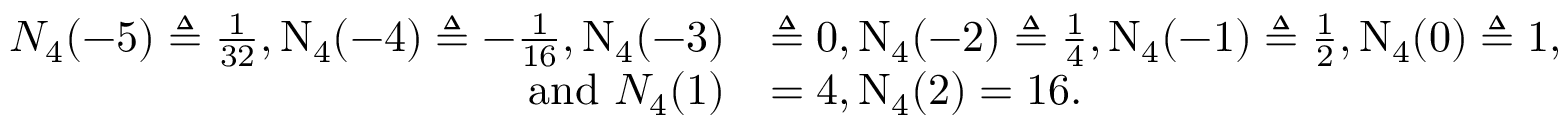
\begin{array} { r l } { N _ { 4 } ( - 5 ) \triangleq \frac { 1 } { 3 2 } , \textup N _ { 4 } ( - 4 ) \triangleq - \frac { 1 } { 1 6 } , \textup N _ { 4 } ( - 3 ) } & { \triangleq 0 , \textup N _ { 4 } ( - 2 ) \triangleq \frac { 1 } { 4 } , \textup N _ { 4 } ( - 1 ) \triangleq \frac { 1 } { 2 } , \textup N _ { 4 } ( 0 ) \triangleq 1 , } \\ { \mathrm { a n d ~ } N _ { 4 } ( 1 ) } & { = 4 , \textup N _ { 4 } ( 2 ) = 1 6 . } \end{array}